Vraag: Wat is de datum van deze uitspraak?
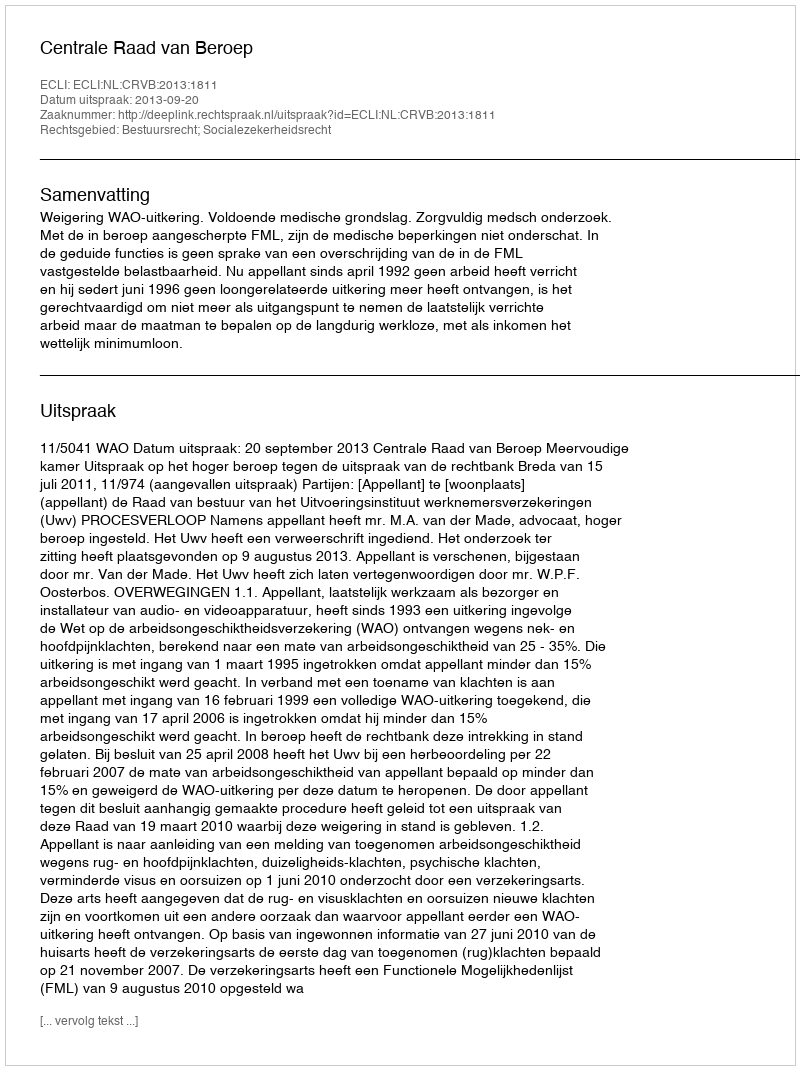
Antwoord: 2013-09-20